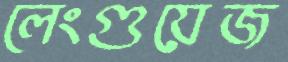
লেংগুয়েজ